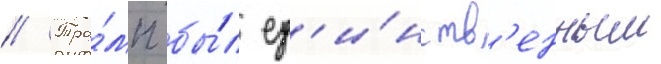
// Тра́мп бы́л ед'и́нств'енным